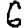
Digit: 6